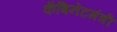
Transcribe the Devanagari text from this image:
कँबिनेटमंत्री